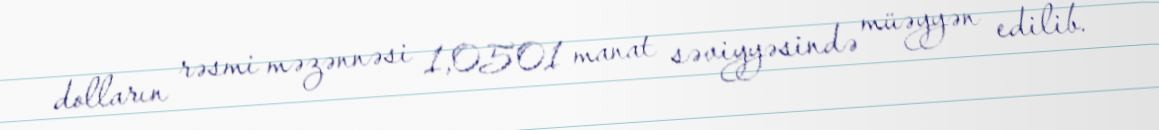
dolların rəsmi məzənnəsi 1,0501 manat səviyyəsində müəyyən edilib.